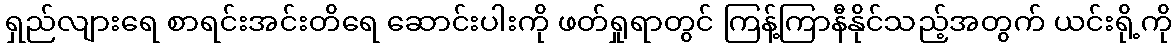
ရှည်လျားရေ စာရင်းအင်းတိရေ ဆောင်းပါးကို ဖတ်ရှုရာတွင် ကြန့်ကြာနီနိုင်သည့်အတွက် ယင်းရို့ကို